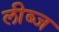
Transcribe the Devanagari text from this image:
लीब्ज